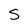
Character: S